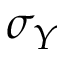
\sigma _ { Y }